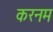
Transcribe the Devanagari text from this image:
करनम